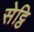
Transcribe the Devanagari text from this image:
सेट्ठि